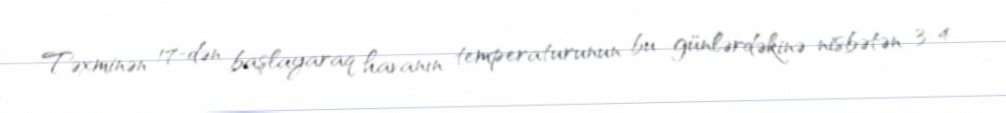
Təxminən 17-dən başlayaraq havanın temperaturunun bu günlərdəkinə nisbətən 3-4